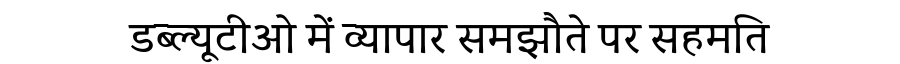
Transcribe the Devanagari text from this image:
डब्ल्यूटीओ में व्यापार समझौते पर सहमति